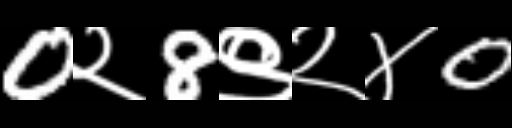
Text: 0२8९२४0